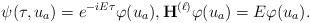
LaTeX: \begin{align*} \psi(\tau,u_a) = e^{-iE\tau} \varphi(u_a), {\bf H}^{(\ell)} \varphi(u_a) = E \varphi(u_a). \end{align*}